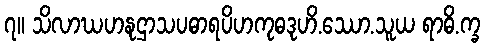
၇။ သိလာဃဟနုဌာသပဓာရပိဟကုဓဒုဟိ.ဿော.သူယ ရာဓိ.က္ခ